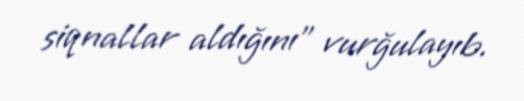
siqnallar aldığını” vurğulayıb.